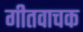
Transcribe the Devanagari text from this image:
गीतवाचक